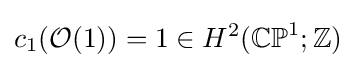
c_{1}({\mathcal {O}}(1))=1\in H^{2}(\mathbb {CP} ^{1};\mathbb {Z} )